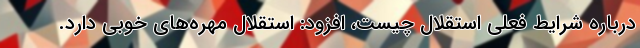
درباره شرایط فعلی استقلال چیست، افزود: استقلال مهره‌های خوبی دارد.